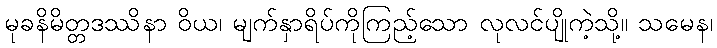
မုခနိမိတ္တဒဿိနာ ဝိယ၊ မျက်နှာရိပ်ကိုကြည့်သော လုလင်ပျိုကဲ့သို့။ သမေန၊